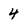
Character: 4